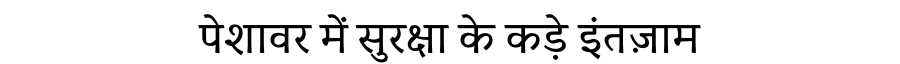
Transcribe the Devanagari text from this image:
पेशावर में सुरक्षा के कड़े इंतज़ाम